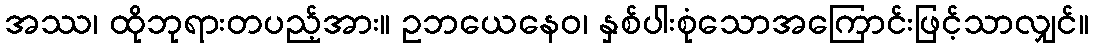
အဿ၊ ထိုဘုရားတပည့်အား။ ဥဘယေနေဝ၊ နှစ်ပါးစုံသောအကြောင်းဖြင့်သာလျှင်။